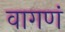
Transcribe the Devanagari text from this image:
वागणं